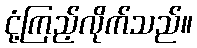
ငုံ့ကြည့်လိုက်သည်။